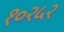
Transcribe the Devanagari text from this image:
१०२५२